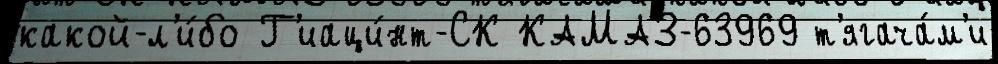
какой-л'и́бо Г'иаци́нт-СК КАМАЗ-63969 т'ягача́м'и